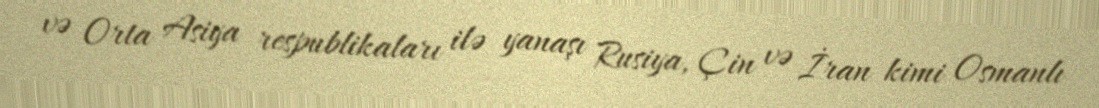
və Orta Asiya respublikaları ilə yanaşı Rusiya, Çin və İran kimi Osmanlı